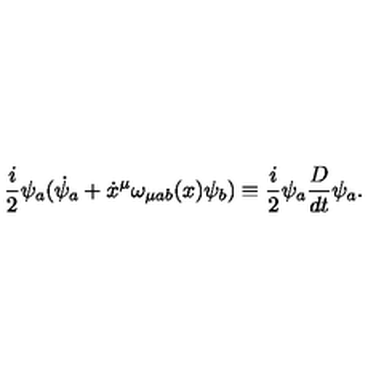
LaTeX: \frac { i } { 2 } \psi _ { a } ( { \dot { \psi } } _ { a } + \dot { x } ^ { \mu } \omega _ { \mu a b } ( x ) \psi _ { b } ) \equiv \frac { i } { 2 } \psi _ { a } \frac { D } { d t } \psi _ { a } .